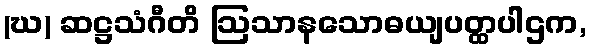
(ဃ) ဆဋ္ဌသံဂီတိ ဩသာနသောဓယျပတ္ထပါဌက,